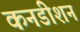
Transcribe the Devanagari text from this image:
कनडीशन